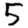
Digit: 5